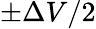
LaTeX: \pm\Delta V/2